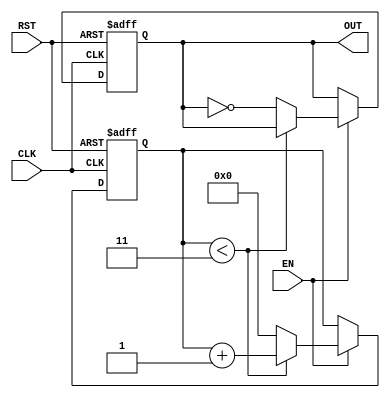
module FrequencyDividerCounter #(
    parameter N = 4 // Default division factor
)(
    input wire CLK,     // Input clock signal
    input wire RST,     // Asynchronous reset signal
    input wire EN,      // Enable signal
    output reg OUT      // Output signal
);

reg [31:0] counter; // Counter to track clock cycles

always @(posedge CLK or posedge RST) begin
    if (RST) begin
        // Reset logic
        counter <= 0;
        OUT <= 0;
    end else if (EN) begin
        // Counter logic
        if (counter < N - 1) begin
            counter <= counter + 1;
        end else begin
            counter <= 0; // Reset counter
            OUT <= ~OUT;  // Toggle output
        end
    end
end

endmodule